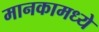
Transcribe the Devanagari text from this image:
मानकामध्ये